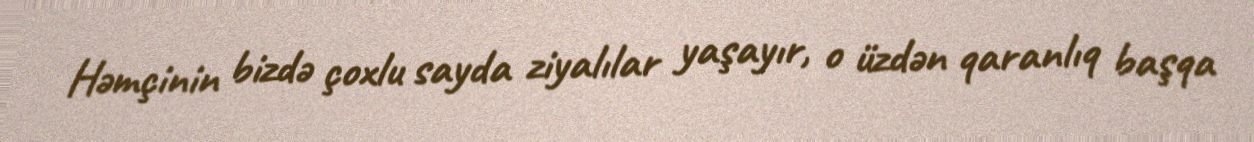
Həmçinin bizdə çoxlu sayda ziyalılar yaşayır, o üzdən qaranlıq başqa